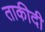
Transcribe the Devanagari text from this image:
ताकीदी